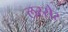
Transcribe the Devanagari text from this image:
लस्सेर